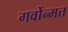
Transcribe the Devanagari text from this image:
गर्वोन्मत्त